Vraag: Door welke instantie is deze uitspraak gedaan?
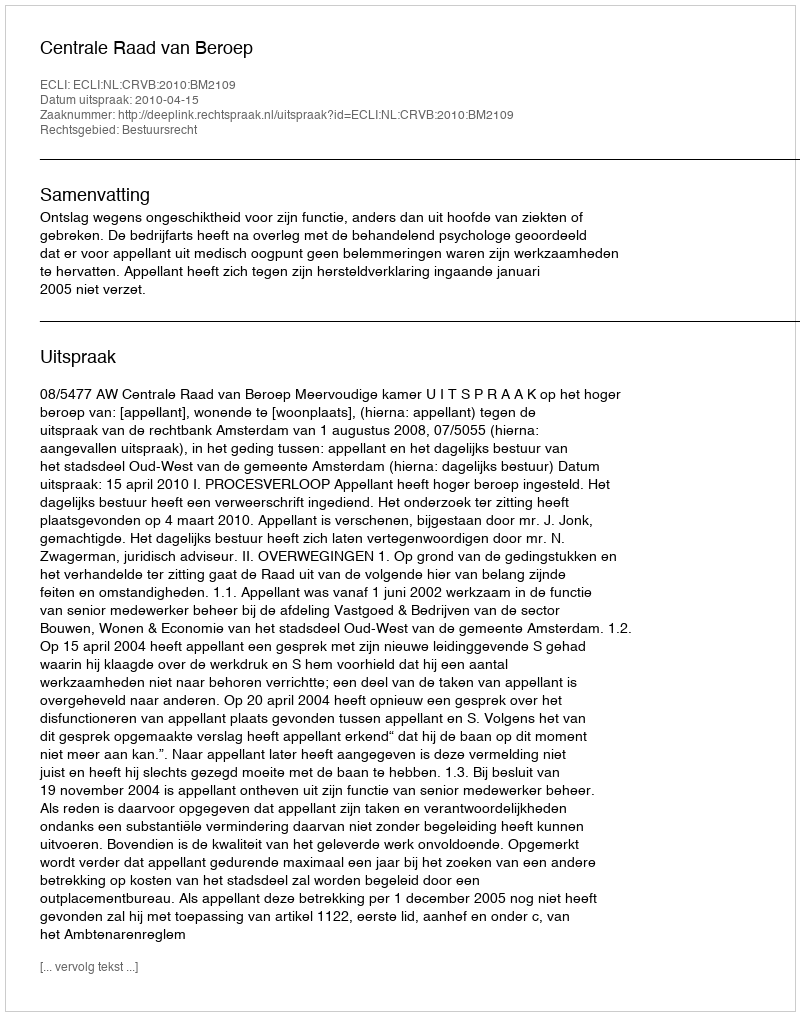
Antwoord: Centrale Raad van Beroep